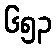
၆၅၃